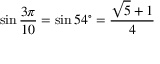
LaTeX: \sin { \frac { 3 \pi } { 1 0 } } = \sin 5 4 ^ { \circ } = { \frac { { \sqrt { 5 } } + 1 } { 4 } } \,